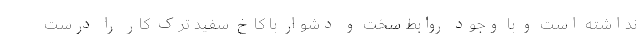
نداشته است و با وجود روابط سخت و دشوار با کاخ سفید ترک کار را درست